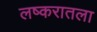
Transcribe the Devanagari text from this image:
लष्करातला